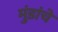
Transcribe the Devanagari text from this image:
मुंडांचे